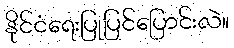
နိုင်ငံရေးပြုပြင်ပြောင်းလဲ။